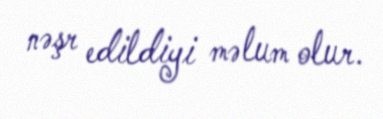
nəşr edildiyi məlum olur.